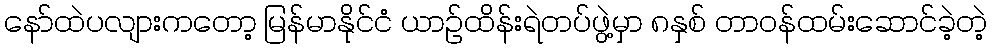
နော်ထဲပလျားကတော့ မြန်မာနိုင်ငံ ယာဉ်ထိန်းရဲတပ်ဖွဲ့မှာ ၈နှစ် တာဝန်ထမ်းဆောင်ခဲ့တဲ့